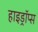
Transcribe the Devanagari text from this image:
हाइड्रॉप्स